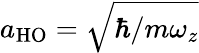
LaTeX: a_{\mathrm{{HO}}}=\sqrt{\hbar/m\omega_{z}}